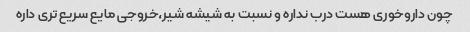
چون داروخوری هست درب نداره و نسبت به شیشه شیر،خروجی مایع سریع تری داره